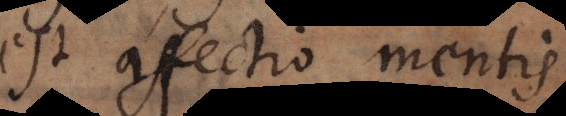
est affectio mentis